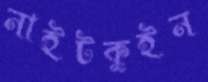
নাইটকুইন